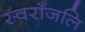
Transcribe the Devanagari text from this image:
स्वराँजलि